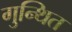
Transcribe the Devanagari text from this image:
गुन्थित